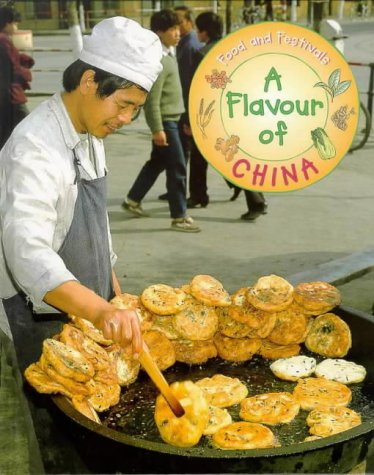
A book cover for A Flavour of China (Food & Festivals); Amy Shui; Children's Books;